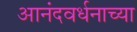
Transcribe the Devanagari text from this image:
आनंदवर्धनाच्या